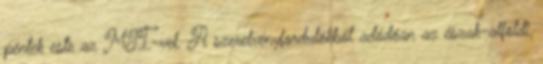
péntek este az MTI-vel. A szerelvényfordulókból adódóan az észak-alföldi,